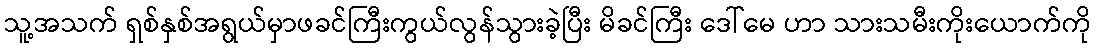
သူ့အသက် ရှစ်နှစ်အရွယ်မှာဖခင်ကြီးကွယ်လွန်သွားခဲ့ပြီး မိခင်ကြီး ဒေါ်မေ ဟာ သားသမီးကိုးယောက်ကို